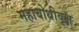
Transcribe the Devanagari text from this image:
महाबोधीवृक्ष